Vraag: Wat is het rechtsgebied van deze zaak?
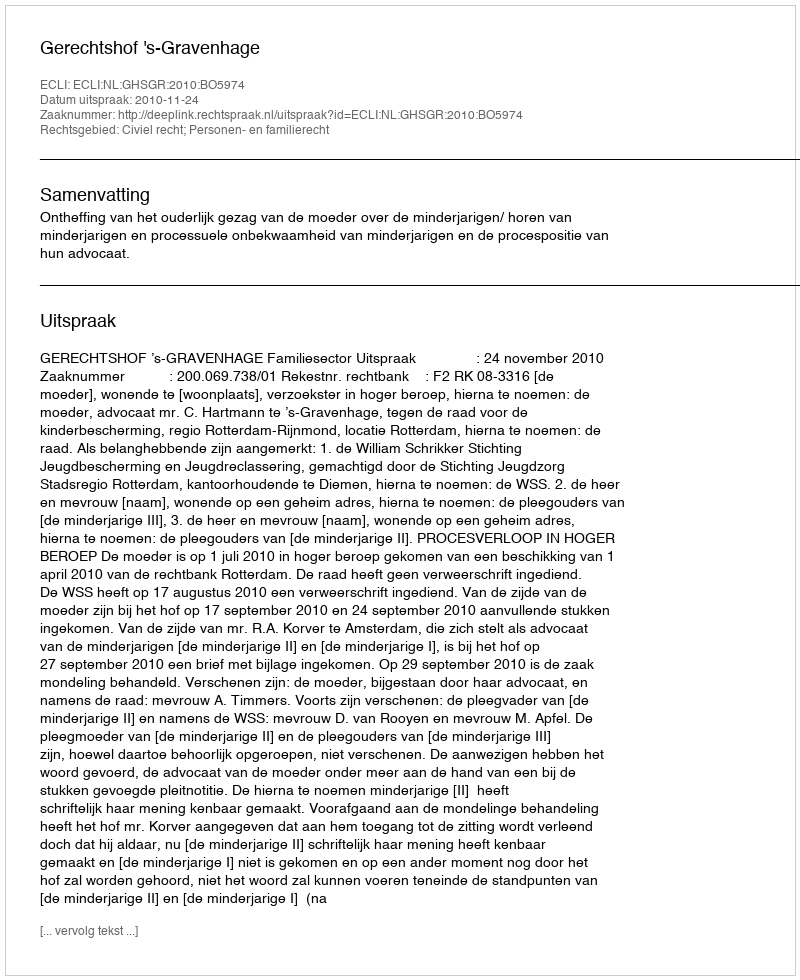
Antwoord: Civiel recht; Personen- en familierecht